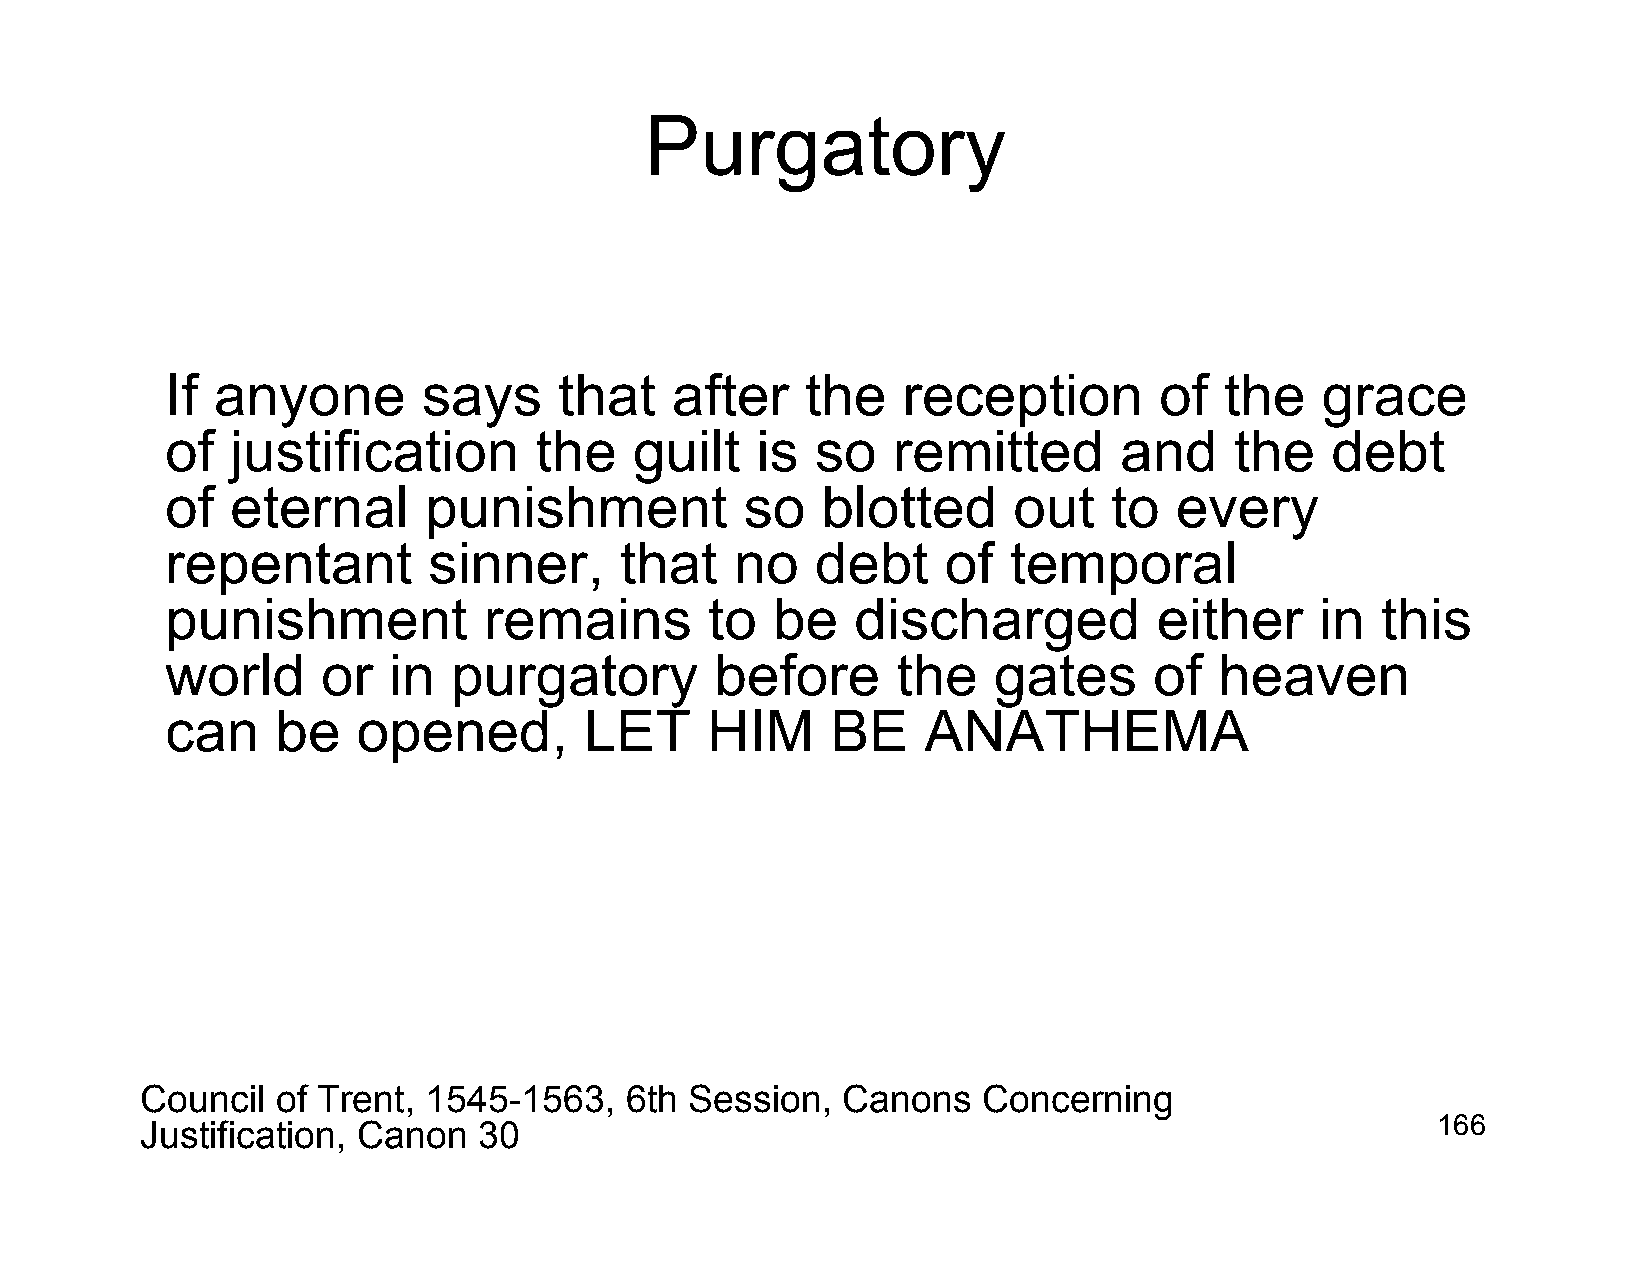
Purgatory
 If anyone        says     that   after    the    reception        of  the   grace
 of  justification       the    guilt   is  so   remitted       and     the   debt
 of  eternal      punishment           so   blotted      out    to  every
 repentant        sinner,      that    no   debt     of  temporal
 punishment           remains        to  be    discharged          either    in  this
 world     or   in  purgatory        before      the    gates     of   heaven
 can    be    opened,        LET     HIM     BE    ANATHEMA
 Council  of Trent, 1545-1563,   6th  Session,  Canons   Concerning
 Justification, Canon   30                                                             166